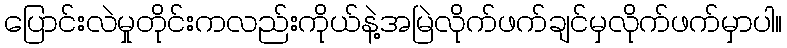
ပြောင်းလဲမှုတိုင်းကလည်းကိုယ်နဲ့အမြဲလိုက်ဖက်ချင်မှလိုက်ဖက်မှာပါ။